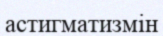
астигматизмін